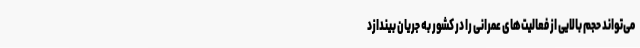
می‌تواند حجم بالایی از فعالیت‌های عمرانی را در کشور به جریان بیندازد